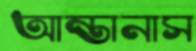
আন্তানাস